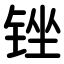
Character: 锉